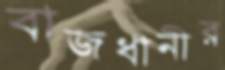
বাজধানীর